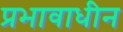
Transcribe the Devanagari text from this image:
प्रभावाधीन